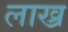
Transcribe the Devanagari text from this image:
लाख्र